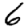
Digit: 6